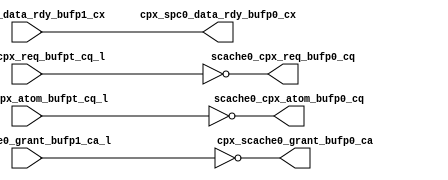
module cpx_buf_p0(/*AUTOARG*/
   // Outputs
   scache0_cpx_req_bufp0_cq, scache0_cpx_atom_bufp0_cq, 
   cpx_scache0_grant_bufp0_ca, cpx_spc0_data_rdy_bufp0_cx, 
   // Inputs
   scache0_cpx_req_bufpt_cq_l, scache0_cpx_atom_bufpt_cq_l, 
   cpx_scache0_grant_bufp1_ca_l, cpx_spc0_data_rdy_bufp1_cx
   );
   
   
   output [7:0]		scache0_cpx_req_bufp0_cq;	
   output 		scache0_cpx_atom_bufp0_cq;	
   output [7:0]		cpx_scache0_grant_bufp0_ca;
   output 		cpx_spc0_data_rdy_bufp0_cx;
   
   
   input [7:0]		scache0_cpx_req_bufpt_cq_l;	
   input 		scache0_cpx_atom_bufpt_cq_l;	
   input [7:0]		cpx_scache0_grant_bufp1_ca_l;
   input 		cpx_spc0_data_rdy_bufp1_cx;


   assign 		scache0_cpx_req_bufp0_cq[7:0]		=        ~scache0_cpx_req_bufpt_cq_l[7:0];
   assign 		scache0_cpx_atom_bufp0_cq		=        ~scache0_cpx_atom_bufpt_cq_l;
   assign               cpx_scache0_grant_bufp0_ca              =        ~cpx_scache0_grant_bufp1_ca_l;
   assign     		cpx_spc0_data_rdy_bufp0_cx              =	 cpx_spc0_data_rdy_bufp1_cx;
								

endmodule